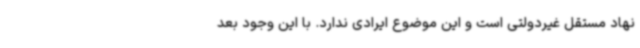
نهاد مستقل غیردولتی است و این موضوع ایرادی ندارد. با این وجود بعد